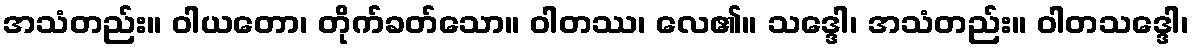
အသံတည်း။ ဝါယတော၊ တိုက်ခတ်သော။ ဝါတဿ၊ လေ၏။ သဒ္ဒေါ၊ အသံတည်း။ ဝါတသဒ္ဒေါ၊